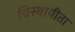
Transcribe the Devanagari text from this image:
चिस्थायीता